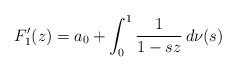
LaTeX: \begin{align*}F_1'(z) = a_0+ \int_0^1 \frac 1{1-sz}\,d\nu(s) \end{align*}